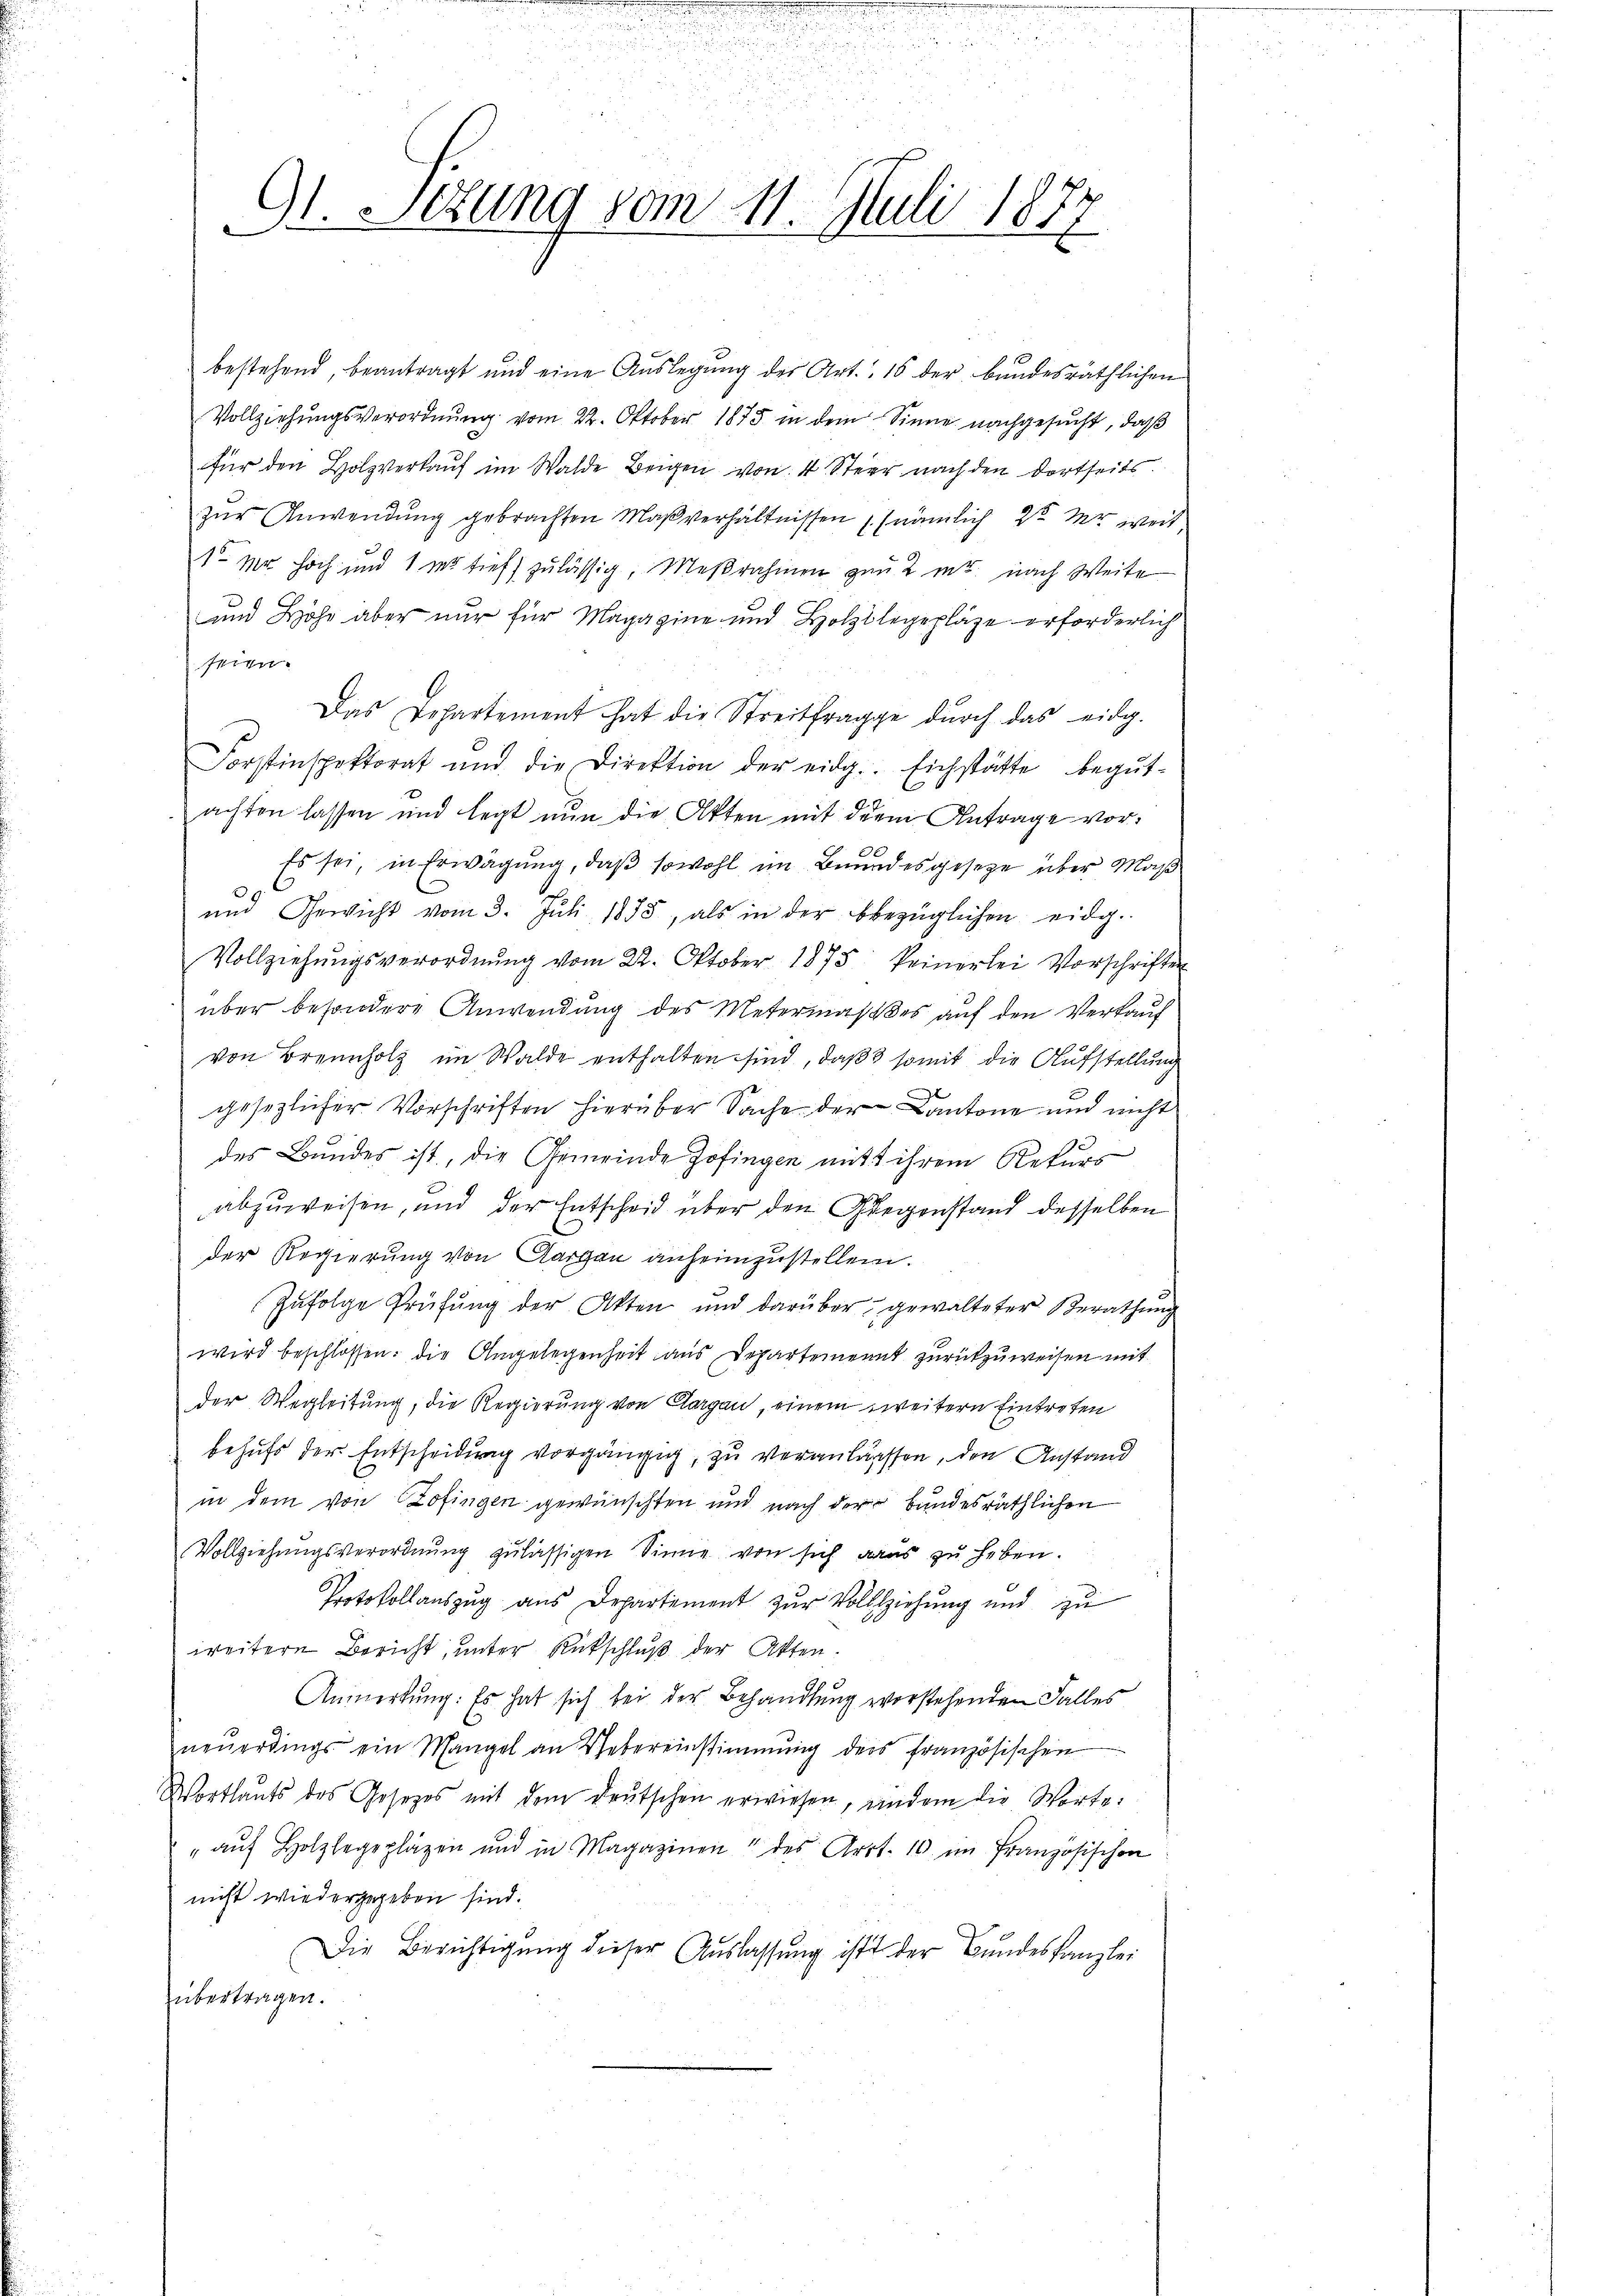
Gl. Sitzung vom 11. Juli 1877

bestehend, beantragt und eine Auslegung der Art. 16 der bandesräthlichen
Vollziehungsverordnung vom 22. Oktober 1875 in dem Sinne nachgesucht, daß
für den Holzverkauf im Walde Beigen von 4 Ster nach den dortseits
zur Anwendung gebrachten Maßverhältnissen (nämlich 20 Xr weit
1 Nr. hoch und 1 m tiefs zulässig, Meßrahmen gan 2 mt nach Weite
und Höhe aber nur für Magazine und Holzulegepläge erforderlich
seien.
Das Repartement hat die Streitfragge durch das eidg.
Forstinspektorat und die Direktion der eidg. Eichstätte begutachten lassen und legt nun die Akten mit dem Antrage vor¬
Es sei, in Erwägung, daß sowohl im Bundesgeseze über Maß
und Gewicht vom 3. Jŭli 1855, als in der bbezüglichen eidg.
Vollziehŭngsverordnŭng vom 22. Oktober 1875 keinerlei Vorschriften
über besondere Anwendung des Metermaßes auf den Verkauf
von Brenn im Walde enthalten sind, daß somit die Aufstellung
gesezlicher Vorschriften hierüber Sache der Cantone und nicht
des Bundes ist, die Gemeinde Zofingen mit ihrem Rekurs
abzuweisen, und der Entscheid über den Gegenstand desselben
der Regierung von Aargau anheimzustellen.
Zufolge Prüfung der Akten und darüber gewalteter Berathung
wird beschlossen: die Angelegenheit aus Departement zurückzuweisen mit
der Wegleitung, die Regierung von Aargau, einem weitern Eintreten
behufs der Entscheidung vorgängig, zu veranlassen, den Anstand
in dem von Zofingen gewünschten und nach der bundesräthlichen
Vollziehungsverordnung zulässigen Sinne von sich aus zu heben.
Protokollauszug aus Departement zur Vollziehung und zu
weitere Bericht, unter Rückschluß der Akten.
Anmerkung: Es hat sich bei der Behandlung vorstehenden Falles
neuerdings ein Mangel an Webereinstimmung des französischen
Wortlauts des Gesetzes mit dem Deutschen erwiesen, andern die Worte:
" auf Holzlegeplagen und in Magazinen" des Arrt. 10 im Französischen
nicht wiedergegeben sind.
Die Berichtigung dieser Auslassung ist der Bundeskanzlei
übertragen.